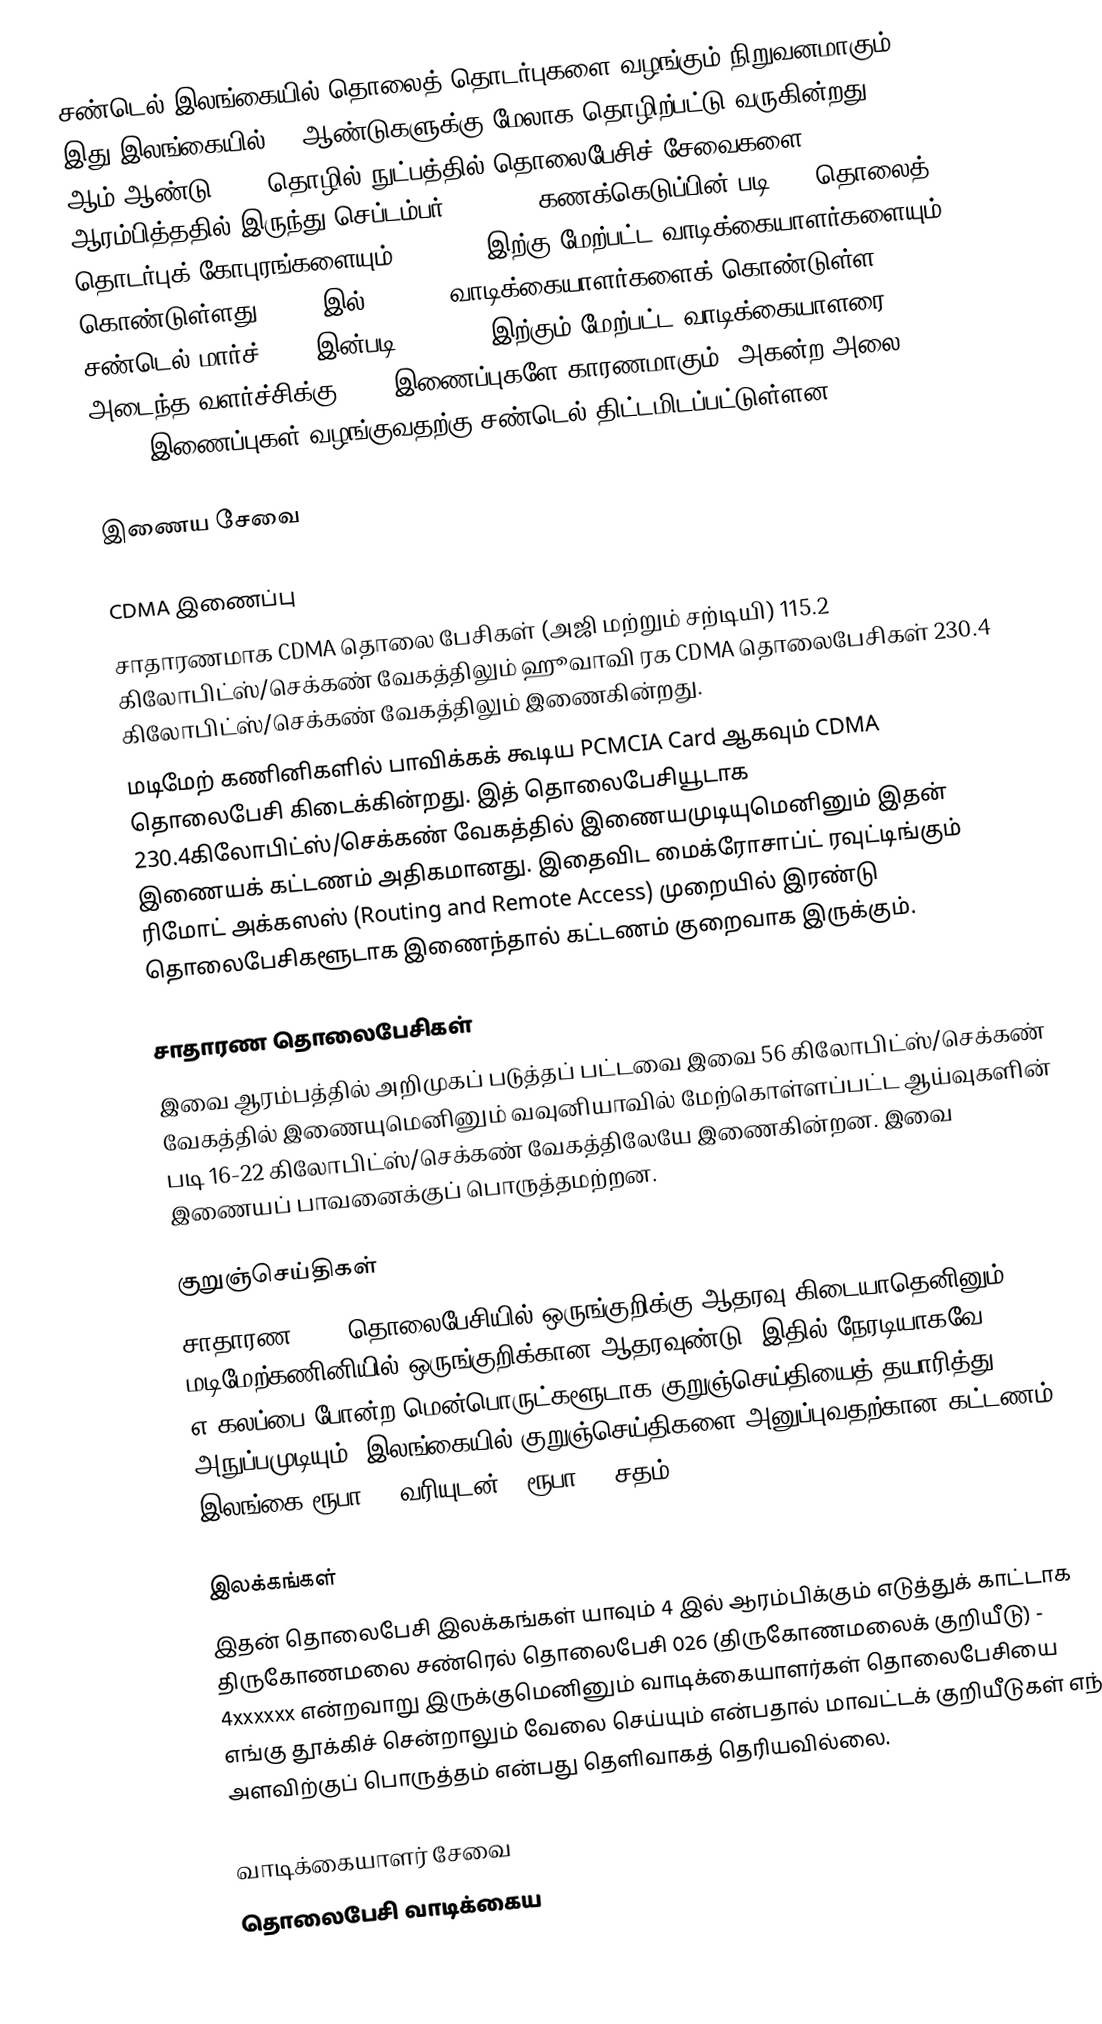
சண்டெல் இலங்கையில் தொலைத் தொடர்புகளை வழங்கும் நிறுவனமாகும். இது இலங்கையில் 10 ஆண்டுகளுக்கு மேலாக தொழிற்பட்டு வருகின்றது. 2005 ஆம் ஆண்டு CDMA தொழில் நுட்பத்தில் தொலைபேசிச் சேவைகளை ஆரம்பித்ததில் இருந்து  செப்டம்பர் 26, 2006 கணக்கெடுப்பின் படி 155 தொலைத் தொடர்புக் கோபுரங்களையும் 250, 000 இற்கு மேற்பட்ட வாடிக்கையாளர்களையும் கொண்டுள்ளது. 2005 இல் 70, 000 வாடிக்கையாளர்களைக் கொண்டுள்ள சண்டெல் மார்ச் 2007 இன்படி 300 ,000 இற்கும் மேற்பட்ட வாடிக்கையாளரை அடைந்த வளர்ச்சிக்கு CDMA இணைப்புகளே காரணமாகும். அகன்ற அலை (Broad Band) இணைப்புகள் வழங்குவதற்கு சண்டெல் திட்டமிடப்பட்டுள்ளன.

இணைய சேவை

CDMA இணைப்பு
சாதாரணமாக CDMA தொலை பேசிகள் (அஜி மற்றும் சற்டியி) 115.2 கிலோபிட்ஸ்/செக்கண் வேகத்திலும் ஹூவாவி ரக CDMA தொலைபேசிகள் 230.4 கிலோபிட்ஸ்/செக்கண் வேகத்திலும் இணைகின்றது.
மடிமேற் கணினிகளில் பாவிக்கக் கூடிய PCMCIA Card ஆகவும் CDMA தொலைபேசி கிடைக்கின்றது. இத் தொலைபேசியூடாக 230.4கிலோபிட்ஸ்/செக்கண் வேகத்தில் இணையமுடியுமெனினும் இதன் இணையக் கட்டணம் அதிகமானது. இதைவிட மைக்ரோசாப்ட் ரவுட்டிங்கும் ரிமோட் அக்கஸஸ் (Routing and Remote Access) முறையில் இரண்டு தொலைபேசிகளூடாக இணைந்தால் கட்டணம் குறைவாக இருக்கும்.

சாதாரண தொலைபேசிகள்
இவை ஆரம்பத்தில் அறிமுகப் படுத்தப் பட்டவை இவை 56 கிலோபிட்ஸ்/செக்கண் வேகத்தில் இணையுமெனினும்  வவுனியாவில் மேற்கொள்ளப்பட்ட ஆய்வுகளின் படி 16-22 கிலோபிட்ஸ்/செக்கண் வேகத்திலேயே இணைகின்றன. இவை இணையப் பாவனைக்குப் பொருத்தமற்றன.

குறுஞ்செய்திகள்
சாதாரண CDMA  தொலைபேசியில் ஒருங்குறிக்கு ஆதரவு கிடையாதெனினும் மடிமேற்கணினியில் ஒருங்குறிக்கான ஆதரவுண்டு. இதில் நேரடியாகவே எ-கலப்பை போன்ற மென்பொருட்களூடாக குறுஞ்செய்தியைத் தயாரித்து அநுப்பமுடியும். இலங்கையில் குறுஞ்செய்திகளை அனுப்புவதற்கான கட்டணம் இலங்கை ரூபா 1 (வரியுடன் 1 ரூபா 15 சதம்).

இலக்கங்கள்
இதன் தொலைபேசி இலக்கங்கள் யாவும் 4 இல் ஆரம்பிக்கும் எடுத்துக் காட்டாக திருகோணமலை சண்ரெல்  தொலைபேசி 026 (திருகோணமலைக் குறியீடு) - 4xxxxxx என்றவாறு இருக்குமெனினும் வாடிக்கையாளர்கள் தொலைபேசியை எங்கு தூக்கிச் சென்றாலும் வேலை செய்யும் என்பதால் மாவட்டக் குறியீடுகள் எந்த அளவிற்குப் பொருத்தம் என்பது தெளிவாகத் தெரியவில்லை.

வாடிக்கையாளர் சேவை
தொலைபேசி வாடிக்கைய